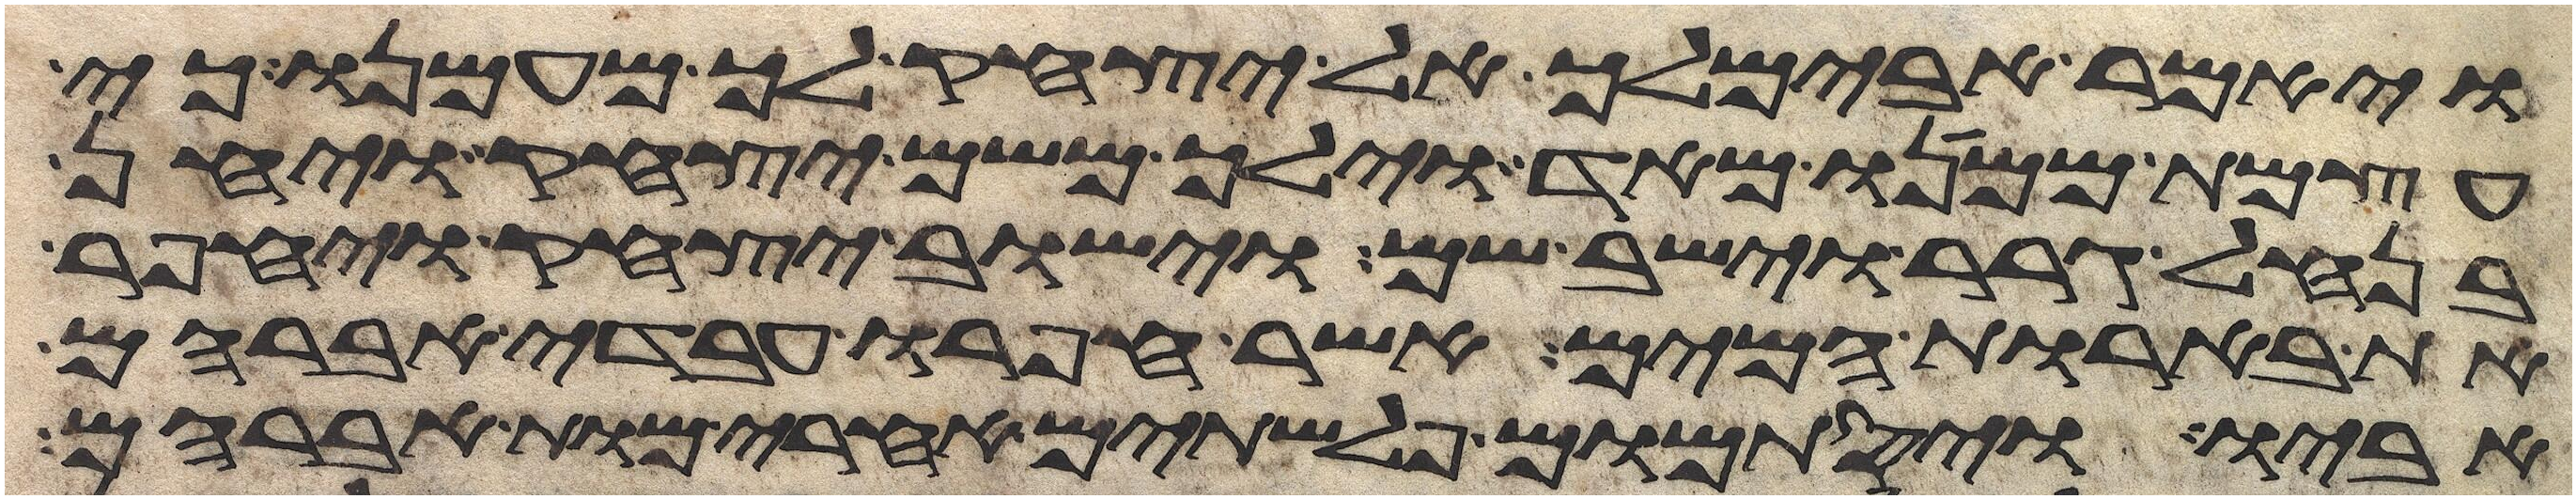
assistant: ויאמר אבימלך אל יצחק לך מעמנו כי
עצמת ממנו מאד וילך משם יצחק ויחן
בנחל גרר וישב שם וישב יצחק ויחפר
את בארות המים אשר חפרו עבדי אברהם
אביו ויסתמום פלשתים אחרי מות אברהם